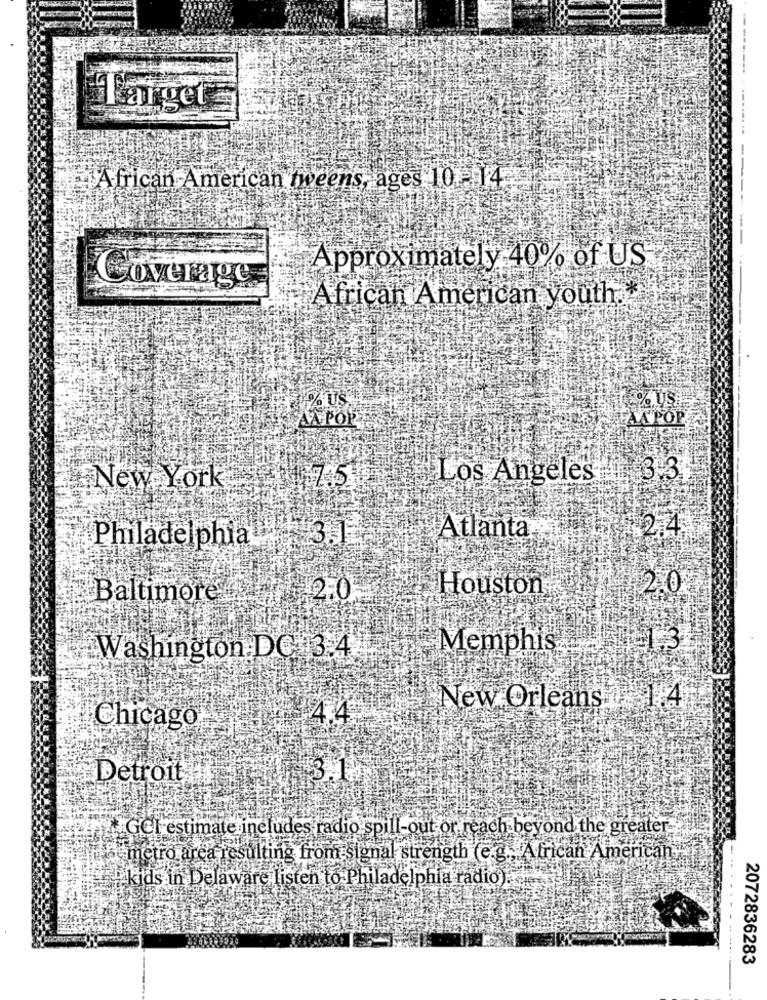
Target
African American tweens, ages 101-4-
Approximately 40% of US
Coverage
African American youth .*
$%.US
FAXPOP
AZ POR
Los Angeles
3.3
New York
$2.4
Atlanta
Philadelphia
43.
2.0
Baltimore
12.0
Houston
Memphis
1,3
Washington DC 3.4
4
New Orleans
Chicago
Detroit
GCI estimate includes radio spill-out or reach beyond the greater
at metro area resulting from signal strength (e.g ., African American
forkids in Delaware listen to Philadelphia radio).
...
2072836283